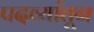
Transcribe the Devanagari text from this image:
पदव्यांतून